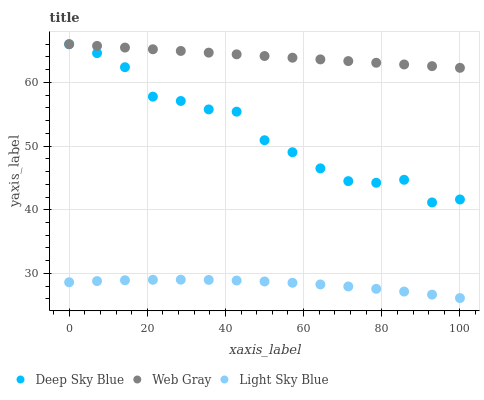
| xaxis_label | Deep Sky Blue | Web Gray | Light Sky Blue |
 | --- | --- | --- | --- |
 | 0 | 66 | 66 | 28.6 |
 | 7.14 | 64.6 | 65.7 | 28.8 |
 | 14.3 | 62.4 | 65.5 | 28.9 |
 | 21.4 | 57.8 | 65.2 | 29 |
 | 28.6 | 57.1 | 64.9 | 29 |
 | 35.7 | 55.8 | 64.7 | 29 |
 | 42.9 | 55.4 | 64.4 | 28.9 |
 | 50 | 50.9 | 64.1 | 28.7 |
 | 57.1 | 49 | 63.9 | 28.5 |
 | 64.3 | 46.5 | 63.6 | 28.3 |
 | 71.4 | 44.5 | 63.3 | 28 |
 | 78.6 | 44.2 | 63.1 | 27.6 |
 | 85.7 | 44.7 | 62.8 | 27.2 |
 | 92.9 | 41.2 | 62.6 | 26.7 |
 | 100 | 41.6 | 62.3 | 26.1 |